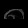
Digit: ၈